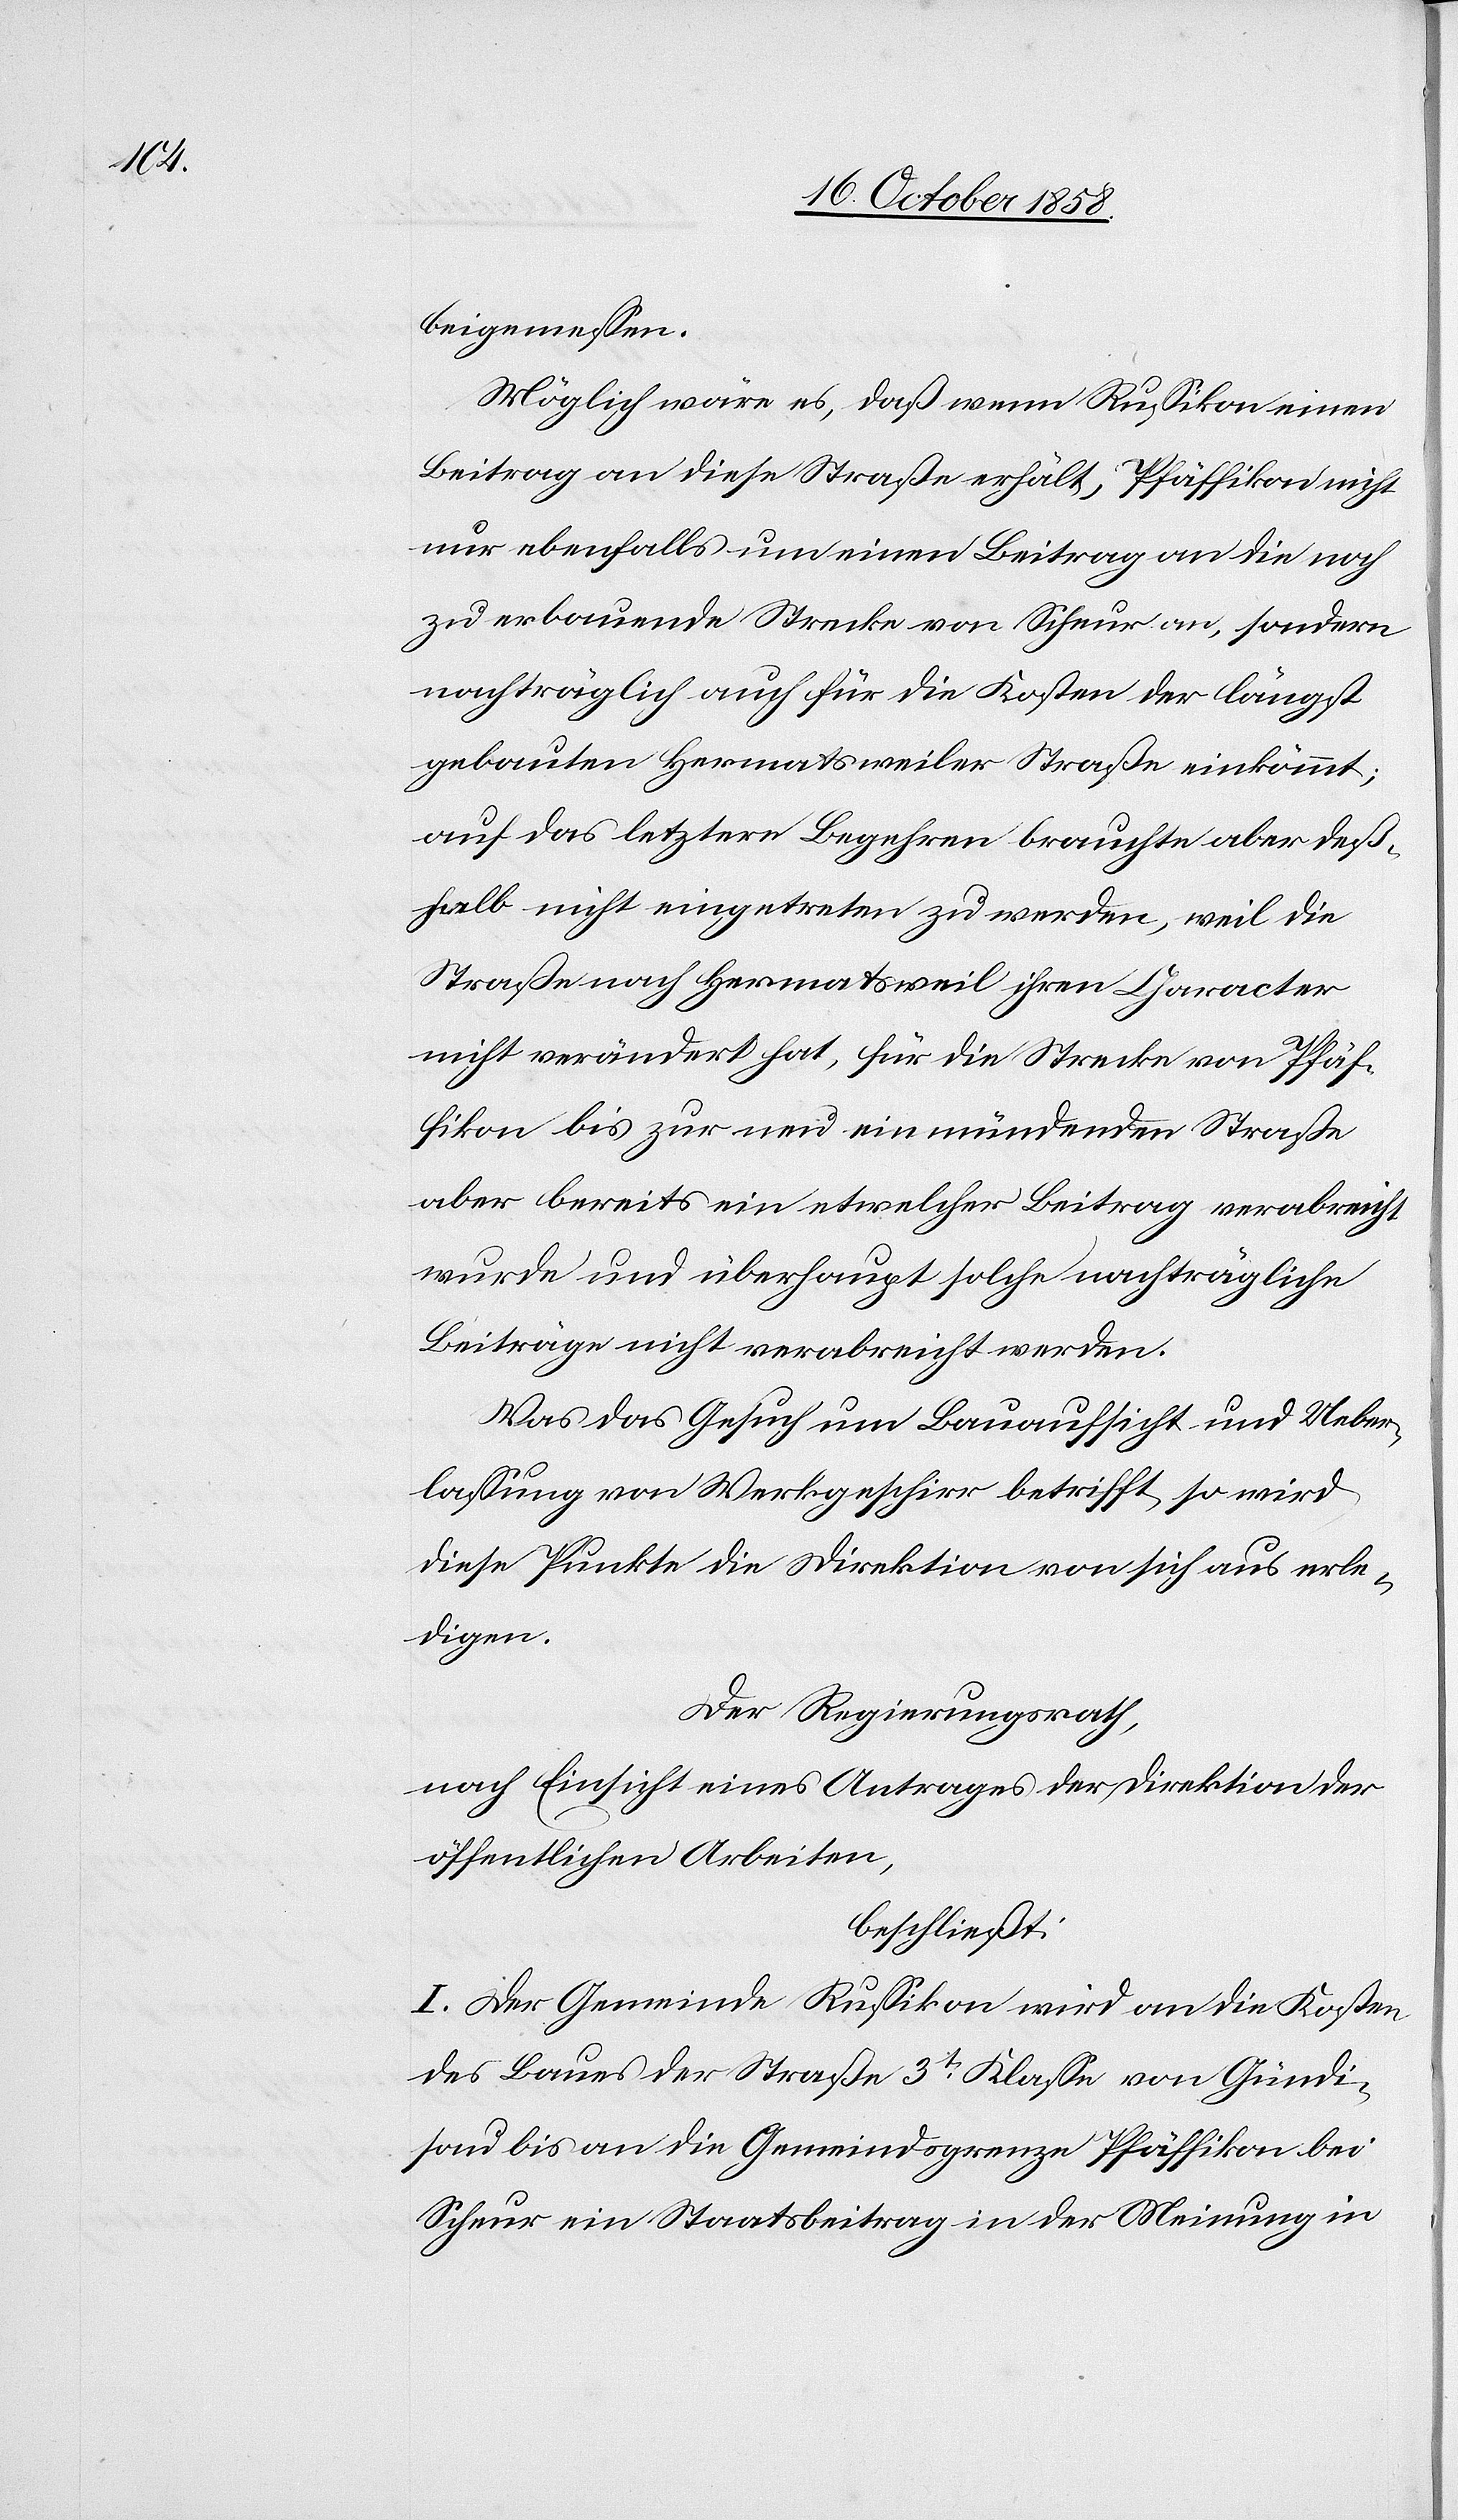
beigemessen.
Möglich wäre es, daß wenn Russikon einen
Beitrag an diese Straße erhält, Pfäffikon nicht
nur ebenfalls um einen Beitrag an die noch
zu erbauende Strecke von Scheur an, sondern
nachträglich auch für die Kosten der längst
gebauten Hermatsweiler Straße einkömmt;
auf das letztere Begehren brauchte aber deß¬
halb nicht eingetreten zu werden, weil die
Straße nach Hermatsweil ihren Character
nicht verändert hat, für die Strecke von Pfäf¬
fikon bis zur neu einmündenden Straße
aber bereits ein etwelcher Beitrag verabreicht
wurde und überhaupt solche nachträgliche
Beiträge nicht verabreicht werden.
Was das Gesuch um Bauaufsicht und Ueber¬
lassung von Werkgeschirr betrifft, so wird
diese Punkte die Direktion von sich aus erle¬
digen.
Der Regierungsrath,
nach Einsicht eines Antrages der Direktion der
öffentlichen Arbeiten,
beschließt:
I. Der Gemeinde Russikon wird an die Kosten
des Baues der Straße 3t. Klasse von Gündi¬
sau bis an die Gemeindsgrenze Pfäffikon bei
Scheur ein Staatsbeitrag in der Meinung in